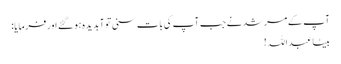
آپ کے مرشد نے جب آپ کی بات سنی تو آبدیدہ ہو گئے اور فرمایا:
بیٹا عبداللہ !